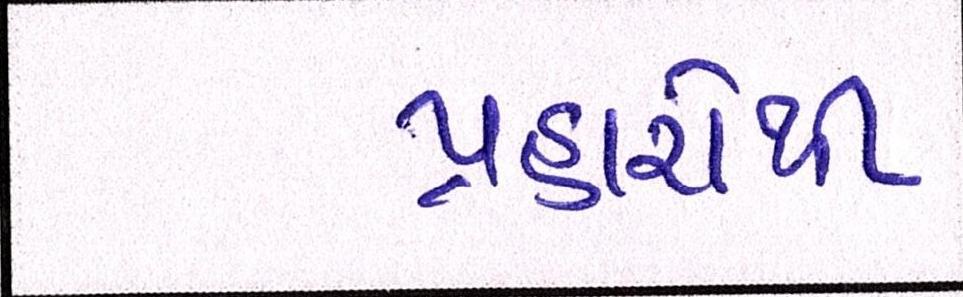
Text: પ્રહારોથી